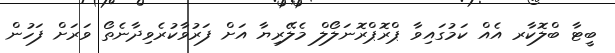
ބީޓާ ބްލޮކާރ އެއް ކަމުގައިވާ ޕްރޮޕްރޮނަލޯލް މެލޭރިޔާ އަށް ފަރުވާކުރެވިދާނެތޯ ވަރަށް ފަހުން